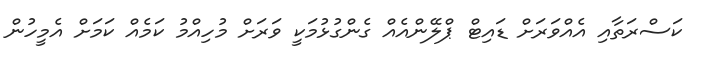
ކަސްރަތާއި އެއްވަރަށް ޑައިޓް ޕްލޭންއެއް ގެންގުޅުމަކީ ވަރަށް މުހިއްމު ކަމެއް ކަމަށް އެމީހުން